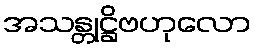
အသန္တုဋ္ဌိဗဟုလော